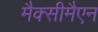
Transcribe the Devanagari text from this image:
मैक्सीमैएन